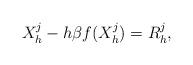
LaTeX: \begin{align*} X_h^{j} - h \beta f(X_h^j) &= R_h^j, \end{align*}